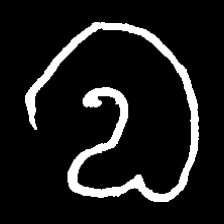
Pyu character \u2014 Myanmar letter: လ (romanized: la)